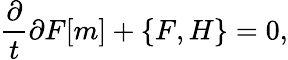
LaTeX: \frac{\partial}{t}{\partial F}[m]+\left\{ F,H\right\} =0,